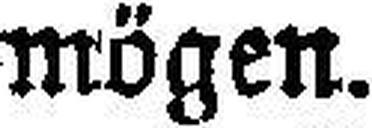
mögen.